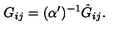
G _ { i j } = ( \alpha ^ { \prime } ) ^ { - 1 } \hat { G } _ { i j } .